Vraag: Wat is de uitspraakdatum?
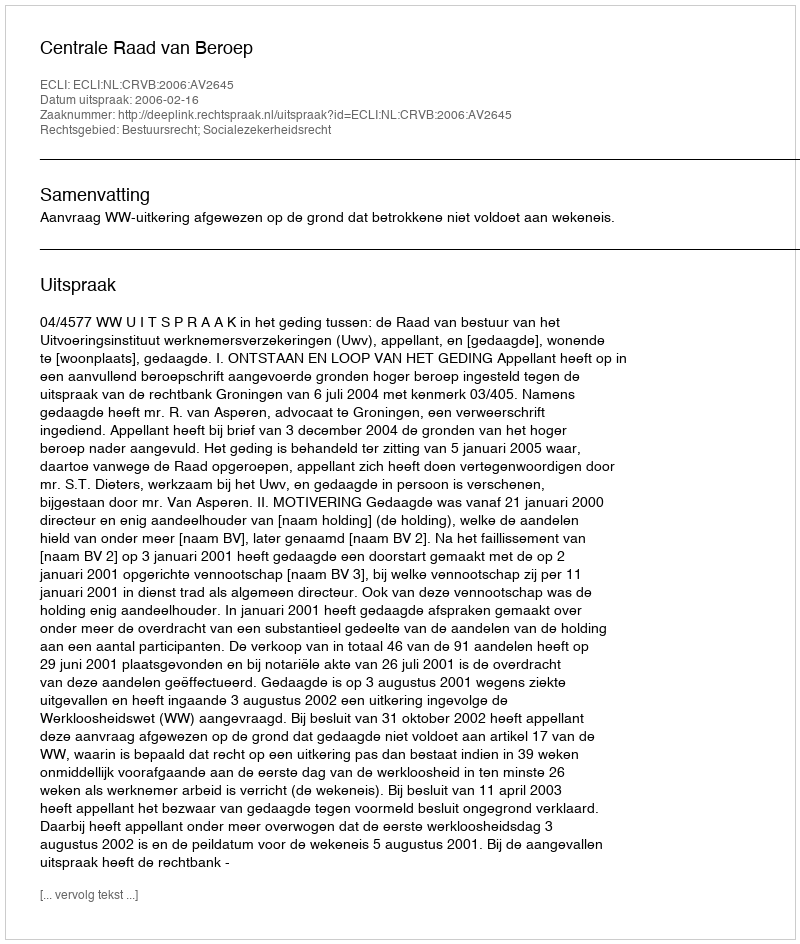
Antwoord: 2006-02-16